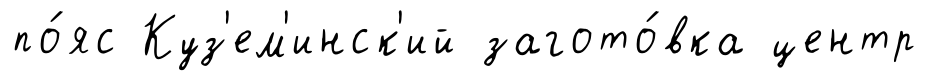
по́яс Куз'ем'инск'ий загото́вка центр